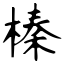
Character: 榛